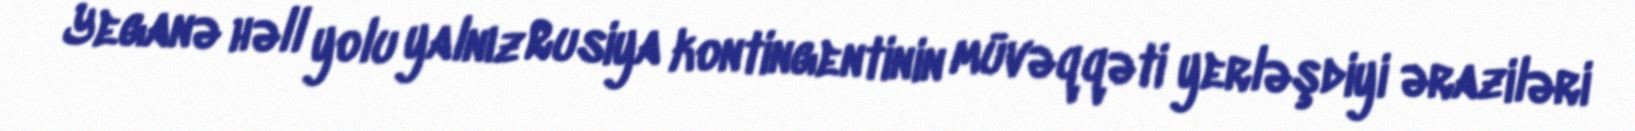
Yeganə həll yolu yalnız Rusiya kontingentinin müvəqqəti yerləşdiyi əraziləri